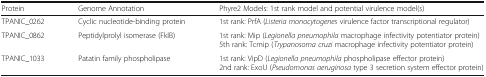
| Protein | Genome Annotation | Phyre2 Models: 1st rank model and potential virulence model(s) |
 | --- | --- | --- |
 | TPANIC_0262 | Cyclic nucleotide-binding protein | 1st rank: PrfA (Listeria monocytogenes virulence factor transcriptional regulator) |
 | TPANIC_0862 | Peptidylprolyl isomerase (FklB) | 1st rank: Mip (Legionella pneumophila macrophage infectivity potentiator protein)5th rank: Tcmip (Trypanosoma cruzi macrophage infectivity potentiator protein) |
 | TPANIC_1033 | Patatin family phospholipase | 1st rank: VipD (Legionella pneumophila phospholipase effector protein)2nd rank: ExoU (Pseudomonas aeruginosa type 3 secretion system effector protein) |